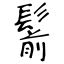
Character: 鬋